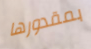
بمقدورها